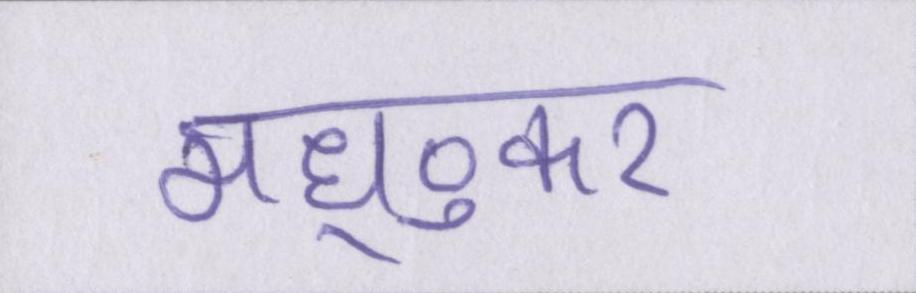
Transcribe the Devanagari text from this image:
मध्ुकर